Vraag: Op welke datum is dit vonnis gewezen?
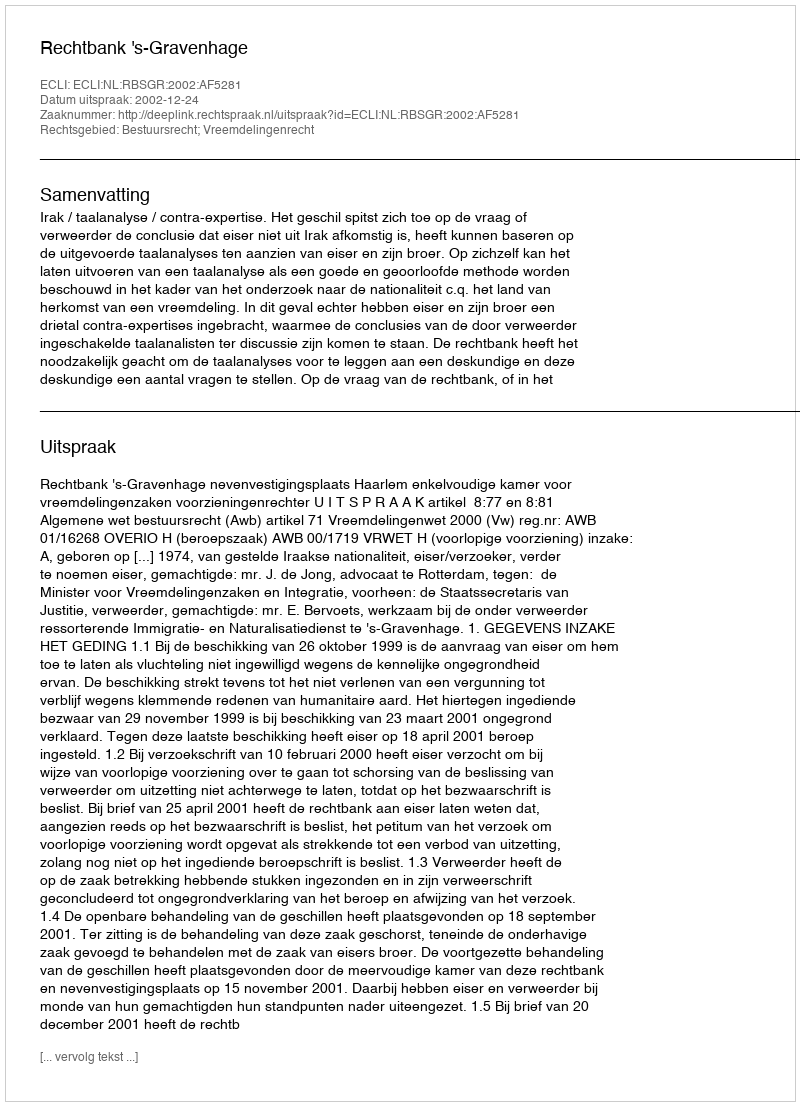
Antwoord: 2002-12-24